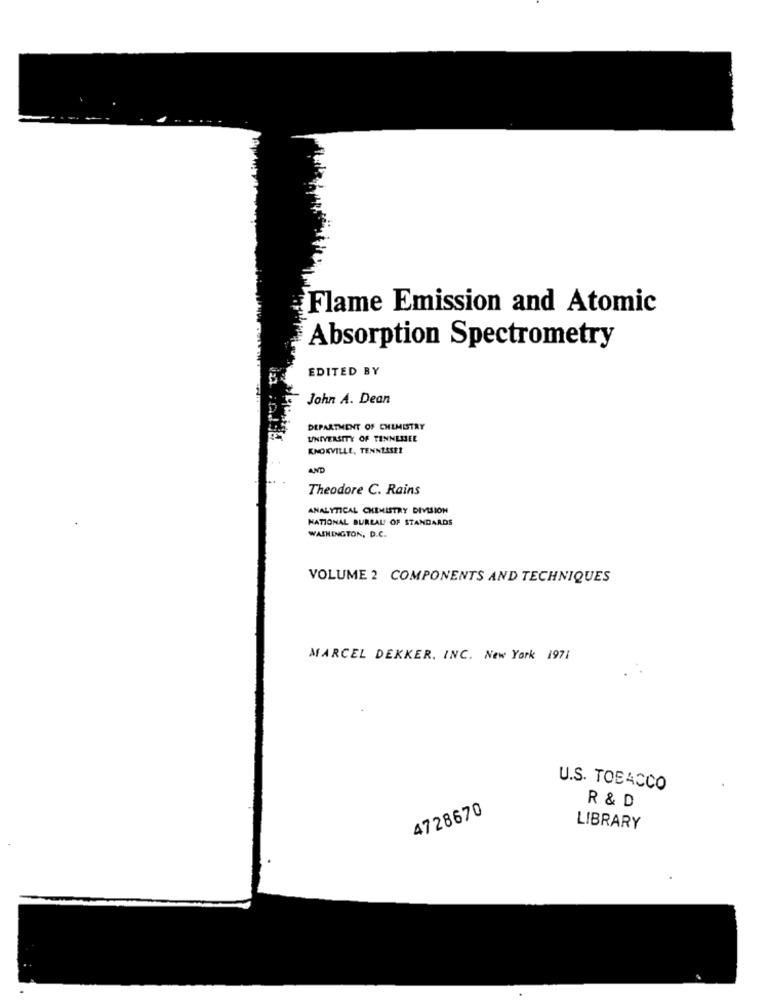
-....
Flame Emission and Atomic
Absorption Spectrometry
EDITED BY
John A. Dean
DEPARTMENT OF CHEMISTRY
UNIVERSITY OF TENNESSEE
KNOKVILLE, TENNESSEE
AND
Theodore C. Rains
ANALYTICAL CHEMISTRY DIVISION
NATIONAL BUREAU OF STANDARDS
WASHINGTON, D.C.
VOLUME 2 COMPONENTS AND TECHNIQUES
MARCEL DEKKER, INC. New York 1971
U.S. TOBACCO
4728670
R & D
LIBRARY